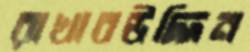
রাখাবউদ্দিন